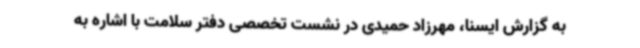
به گزارش ایسنا، مهرزاد حمیدی در نشست تخصصی دفتر سلامت با اشاره‌ به